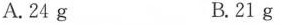
A.24g B.21g